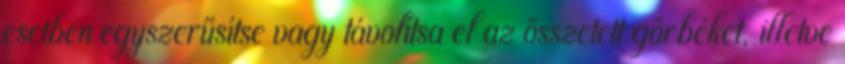
esetben egyszerűsítse vagy távolítsa el az összetett görbéket, illetve